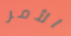
الأمر